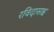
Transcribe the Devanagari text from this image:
रविदासश्च